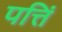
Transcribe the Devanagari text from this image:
पत्तिं